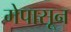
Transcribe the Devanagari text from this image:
मेपासून